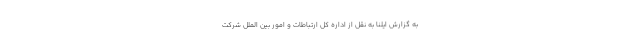
به گزارش ایلنا به نقل از اداره کل ارتباطات و امور بین الملل شرکت